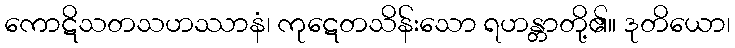
ကောဋိသတသဟဿာနံ၊ ကုဋေတသိန်းသော ရဟန္တာတို့၏။ ဒုတိယော၊